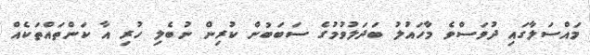
މައްސަލާގައި ދުވަސްވެ މާހައުލު ބަދަލުވުމުގެ ސަބަބުން ކުރިން ނުބެލި ހުރި އާ ކަންތައްތަކެއް